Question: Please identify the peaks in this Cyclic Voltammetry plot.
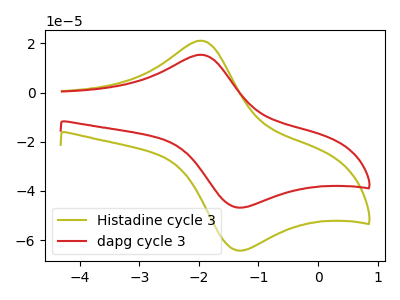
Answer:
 <answer>The olive curve "Histadine cycle 3" has an anodic peak at (-2.00V, 21.10uA) and a cathodic peak at (-1.35V, -64.20uA). The red curve "dapg cycle 3" has an anodic peak at (-2.00V, 15.35uA) and a cathodic peak at (-1.35V, -46.75uA).</answer>
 <eval></eval>